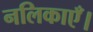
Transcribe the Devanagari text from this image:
नलिकाएँ।